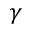
\gamma